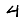
Digit: 4